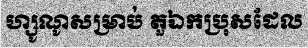
ហ្សូណូសម្រាប់ តួឯកប្រុសដែល